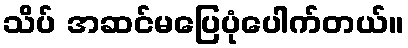
သိပ် အဆင်မပြေပုံပေါက်တယ်။